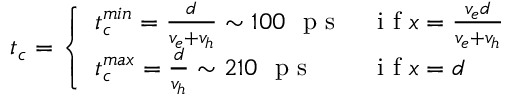
t _ { c } = \left\{ \begin{array} { l l } { t _ { c } ^ { m i n } = \frac { d } { v _ { e } + v _ { h } } \sim 1 0 0 ~ \mathrm { ~ p ~ s ~ } } & { \mathrm { ~ i ~ f ~ } x = \frac { v _ { e } d } { v _ { e } + v _ { h } } } \\ { t _ { c } ^ { m a x } = \frac { d } { v _ { h } } \sim 2 1 0 ~ \mathrm { ~ p ~ s ~ } } & { \mathrm { ~ i ~ f ~ } x = d } \end{array} \right. ~